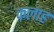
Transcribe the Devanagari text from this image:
कलाह